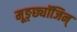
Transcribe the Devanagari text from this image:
मूङ्छ्यॉजिन्